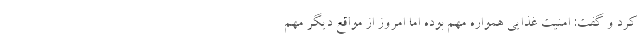
کرد و گفت: امنیت غذایی همواره مهم بوده اما امروز از مواقع دیگر مهم